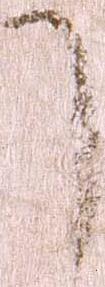
了